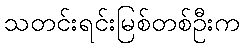
သတင်းရင်းမြစ်တစ်ဦးက